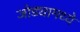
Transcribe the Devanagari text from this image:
जोड्यामध्ये